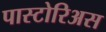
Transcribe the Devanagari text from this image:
पास्टोरिअस